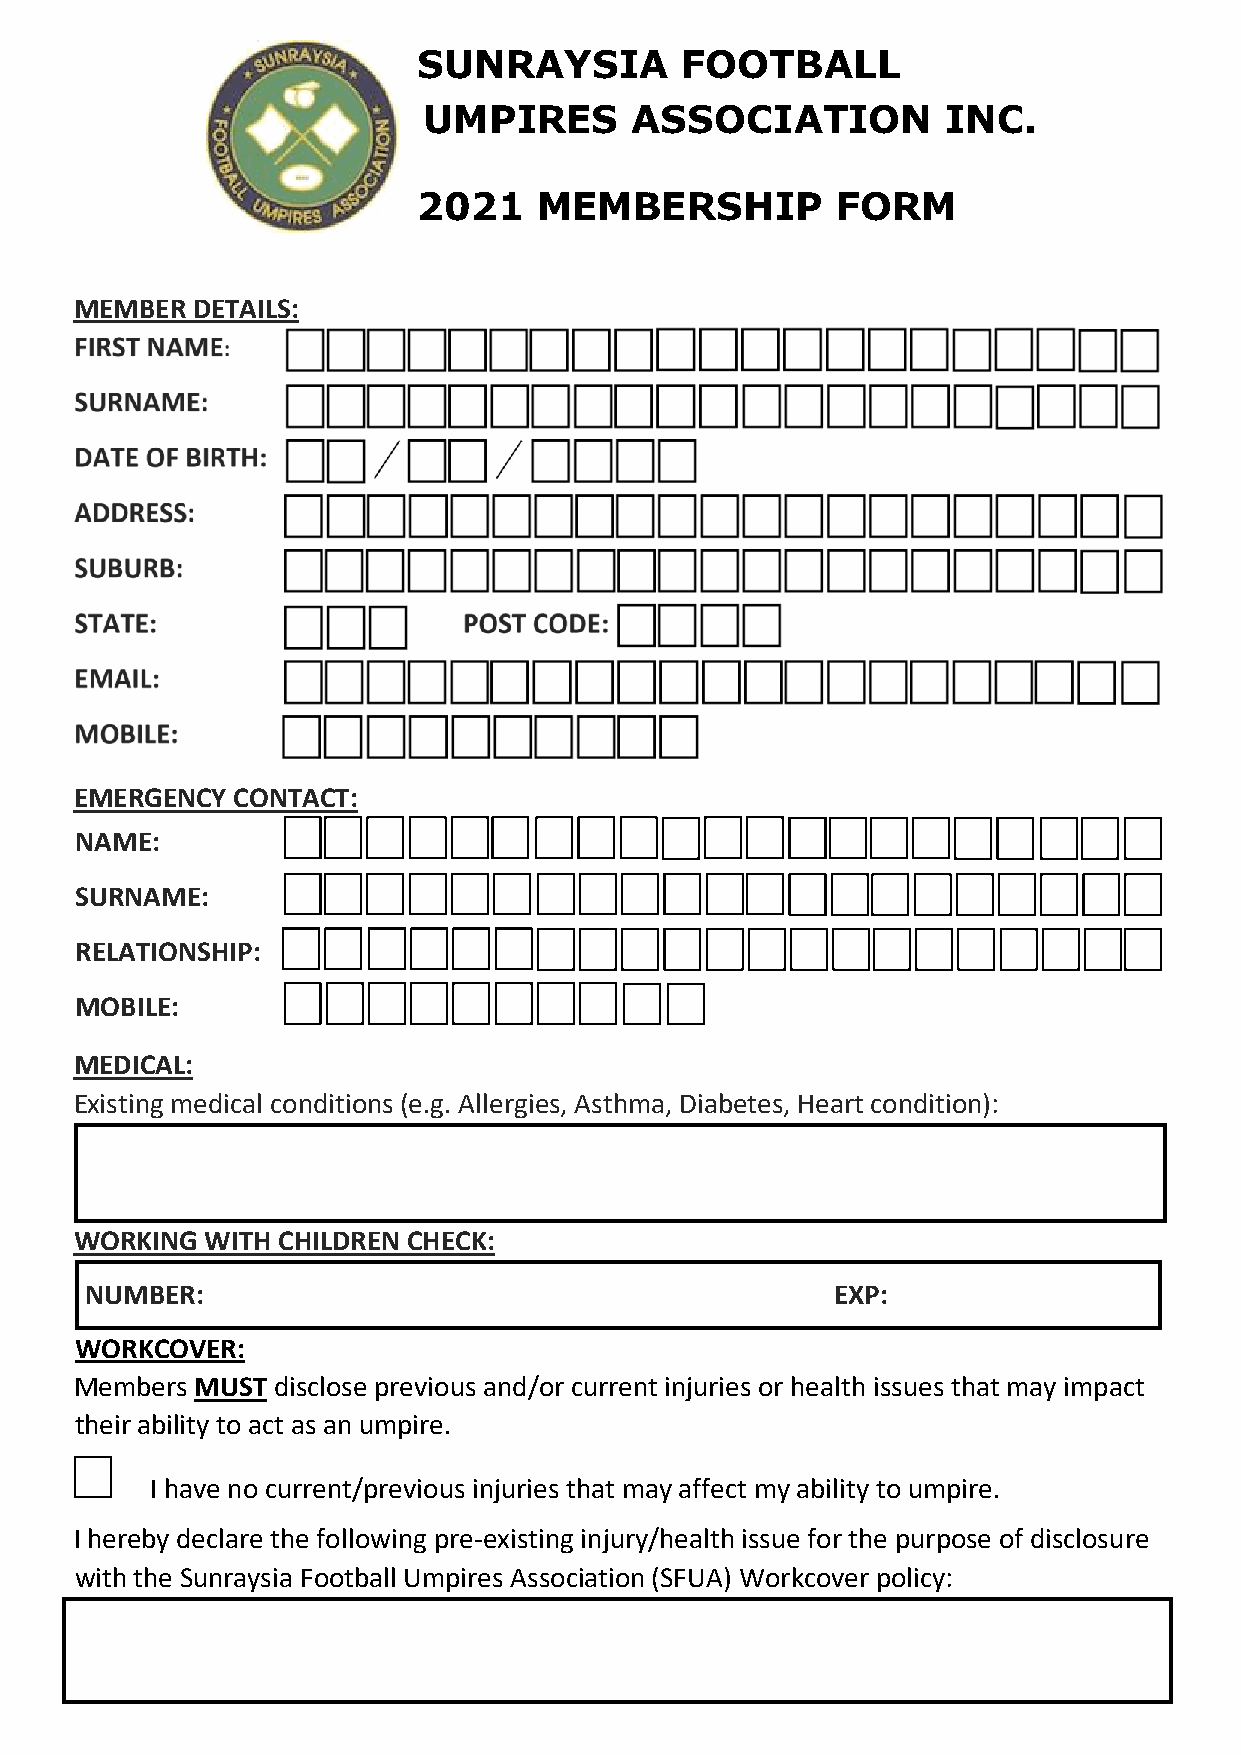
SUNRAYSIA        FOOTBALL
 UMPIRES       ASSOCIATION          INC.
 2021    MEMBERSHIP         FORM
 MEMBER  DETAILS:
 EMERGENCY CONTACT:
 NAME:
 SURNAME:
 RELATIONSHIP:
 MOBILE:
 MEDICAL:
 Existing medical conditions (e.g. Allergies, Asthma, Diabetes, Heart condition):
 WORKING  WITH CHILDREN CHECK:
 NUMBER:                                          EXP:
 WORKCOVER:
 Members MUST disclose previous and/or current injuries or health issues that may impact
 their ability to act as an umpire.
 I have no current/previous injuries that may affect my ability to umpire.
 I hereby declare the following pre-existing injury/health issue for the purpose of disclosure
 with the Sunraysia Football Umpires Association (SFUA) Workcover policy: